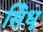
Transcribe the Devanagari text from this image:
सि॓धू